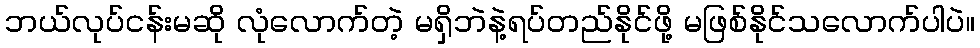
ဘယ်လုပ်ငန်းမဆို လုံလောက်တဲ့ မရှိဘဲနဲ့ရပ်တည်နိုင်ဖို့ မဖြစ်နိုင်သလောက်ပါပဲ။